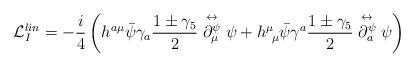
LaTeX: \begin{align*}\mathcal{L}^{lin}_{I} = - \frac{i}{4} \left( h^{a\mu} \bar\psi \gamma_{a} \frac{1\pm\gamma_{5}}{2} \stackrel{\leftrightarrow}{\partial^{\psi}_{\mu}} \psi + h^{\mu}_{\ \mu} \bar\psi \gamma^{a} \frac{1\pm\gamma_{5}}{2} \stackrel{\leftrightarrow}{\partial^{\psi}_{a}} \psi \right)\end{align*}